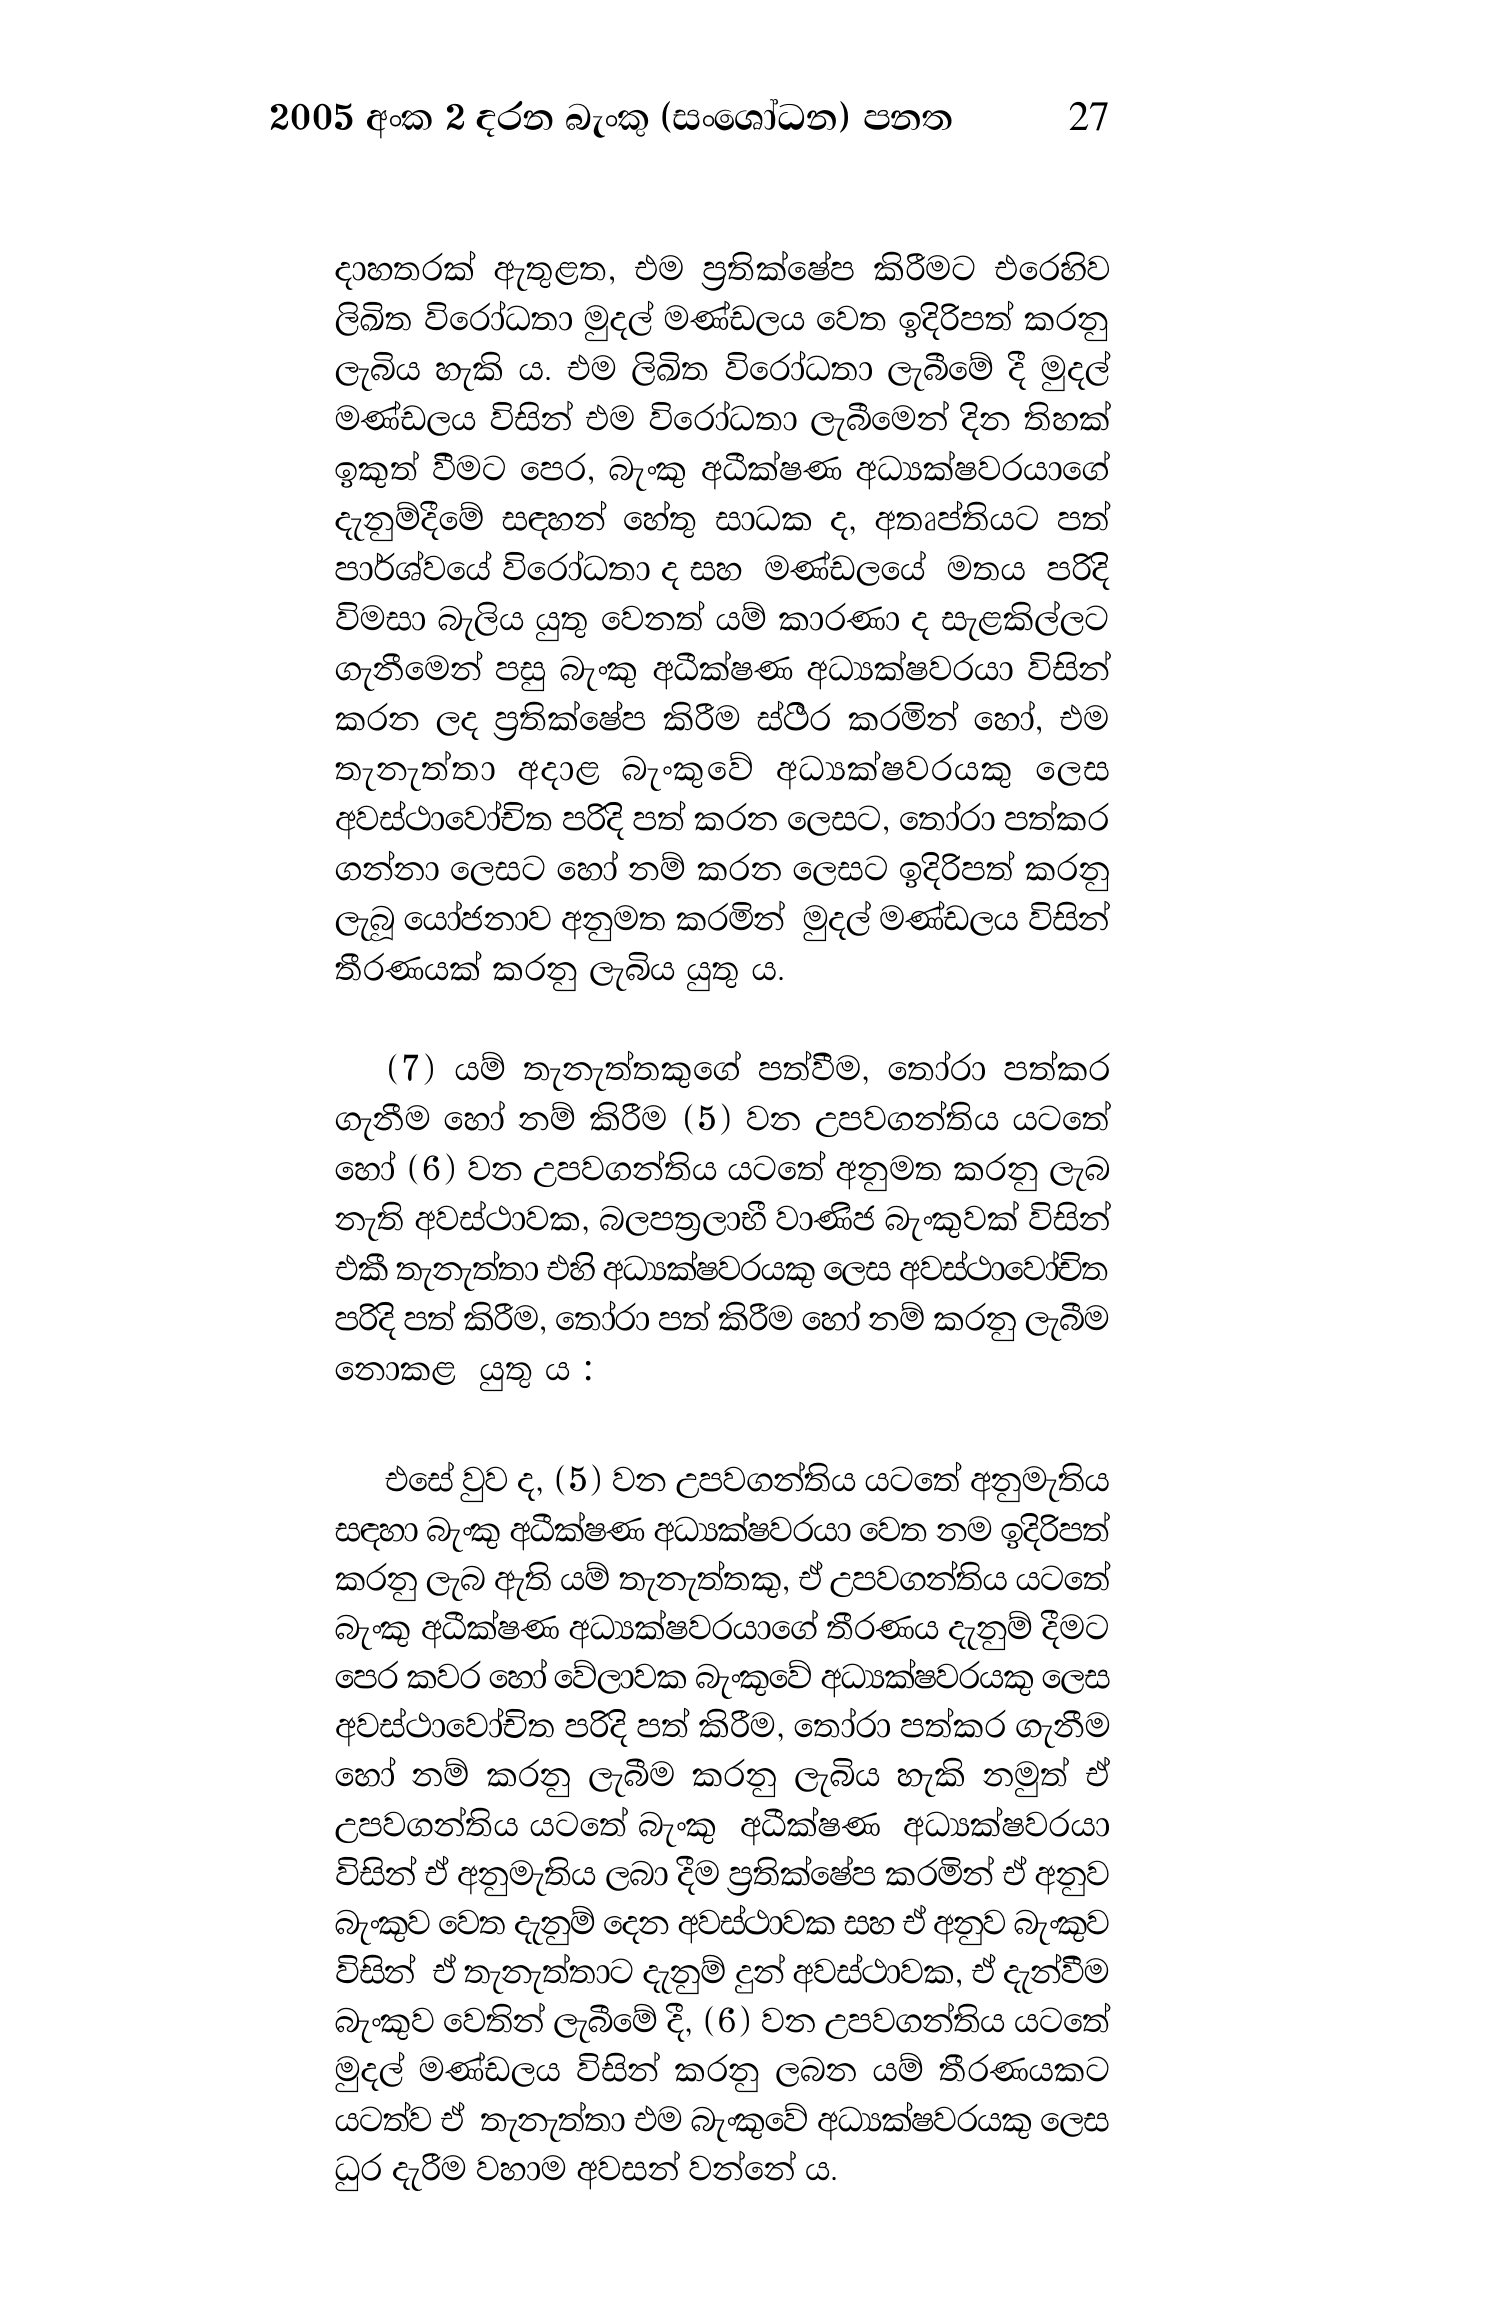
2005 අංක 2 දරන බැංකු (සංශෝධන) පනත 27

දාහතරක් ඇතුළත, එම ප්‍රතික්ෂේප කිරීමට එරෙහිව
ලිඛිත විරෝධතා මුදල් මණ්ඩලය වෙත ඉදිරිපත් කරනු
ලැබිය හැකි ය. එම ලිඛිත විරෝධතා ලැබීමේ දී මුදල්
මණ්ඩලය විසින් එම විරෝධතා ලැබීමෙන් දින තිහක්
ඉකුත් වීමට පෙර, බැංකු අධීක්ෂණ අධ්‍යක්ෂවරයාගේ
දැනුම්දීමේ සඳහන් හේතු සාධක ද, අතෘප්තියට පත්
පාර්ශ්වයේ විරෝධතා ද සහ මණ්ඩලයේ මතය පරිදි
විමසා බැලිය යුතු වෙනත් යම් කාරණා ද සැළකිල්ලට
ගැනීමෙන් පසු බැංකු අධීක්ෂණ අධ්‍යක්ෂවරයා විසින්
කරන ලද ප්‍රතික්ෂේප කිරීම ස්ථිර කරමින් හෝ, එම
තැනැත්තා අදාළ බැංකුවේ අධ්‍යක්ෂවරයකු ලෙස
අවස්ථාවෝචිත පරිදි පත් කරන ලෙසට, තෝරා පත්කර
ගන්නා ලෙසට හෝ නම් කරන ලෙසට ඉදිරිපත් කරනු
ලැබූ යෝජනාව අනුමත කරමින් මුදල් මණ්ඩලය විසින්
තීරණයක් කරනු ලැබිය යුතු ය.

(7) යම් තැනැත්තකුගේ පත්වීම, තෝරා පත්කර
ගැනීම හෝ නම් කිරීම (5) වන උපවගන්තිය යටතේ
හෝ (6) වන උපවගන්තිය යටතේ අනුමත කරනු ලැබ
නැති අවස්ථාවක, බලපත්‍රලාභී වාණිජ බැංකුවක් විසින්
එකී තැනැත්තා එහි අධ්‍යක්ෂවරයකු ලෙස අවස්ථාවෝචිත
පරිදි පත් කිරීම, තෝරා පත් කිරීම හෝ නම් කරනු ලැබීම
නොකළ යුතු ය .

එසේ වුව ද, (5) වන උපවගන්තිය යටතේ අනුමැතිය
සඳහා බැංකු අධීක්ෂණ අධ්‍යක්ෂවරයා වෙත නම ඉදිරිපත්
කරනු ලැබ ඇති යම් තැනැත්තකු, ඒ උපවගන්තිය යටතේ
බැංකු අධීක්ෂණ අධ්‍යක්ෂවරයාගේ තීරණය දැනුම් දීමට
පෙර කවර හෝ වේලාවක බැංකුවේ අධ්‍යක්ෂවරයකු ලෙස
අවස්ථාවෝචිත පරිදි පත් කිරීම, තෝරා පත්කර ගැනීම
හෝ නම් කරනු ලැබීම කරනු ලැබිය හැකි නමුත් ඒ
උපවගන්තිය යටතේ බැංකු අධීක්ෂණ අධ්‍යක්ෂවරයා
විසින් ඒ අනුමැතිය ලබා දීම ප්‍රතික්ෂේප කරමින් ඒ අනුව
බැංකුව වෙත දැනුම් දෙන අවස්ථාවක සහ ඒ අනුව බැංකුව
විසින් ඒ තැනැත්තාට දැනුම් දුන් අවස්ථාවක, ඒ දැන්වීම
බැංකුව වෙතින් ලැබීමේ දී, (6) වන උපවගන්තිය යටතේ
මුදල් මණ්ඩලය විසින් කරනු ලබන යම් තීරණයකට
යටත්ව ඒ තැනැත්තා එම බැංකුවේ අධ්‍යක්ෂවරයකු ලෙස
ධුර දැරීම වහාම අවසන් වන්නේ ය.